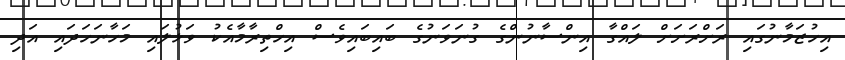
އިހުޒަމާނުގައި ރަށްރަށަށް ލައްގާ އިންސާނުންގެ ގުނަވަނުގެ ބައިބައިވެސް އިހްތިރާމާއެކު ވަޅުލައި މަހާނަހަދައި އަދި